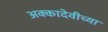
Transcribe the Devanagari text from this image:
अक्कादेवीच्या